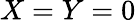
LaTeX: X=Y=0